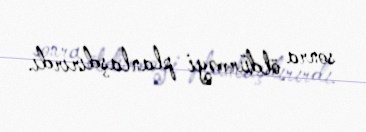
sonra öldürməyi planlaşdırırdı.